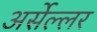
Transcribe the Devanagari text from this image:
अर्सेल्लर